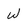
Character: W